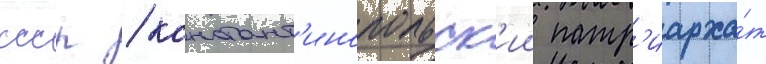
ссср / констант'инопольск'ии патр'иарха́т